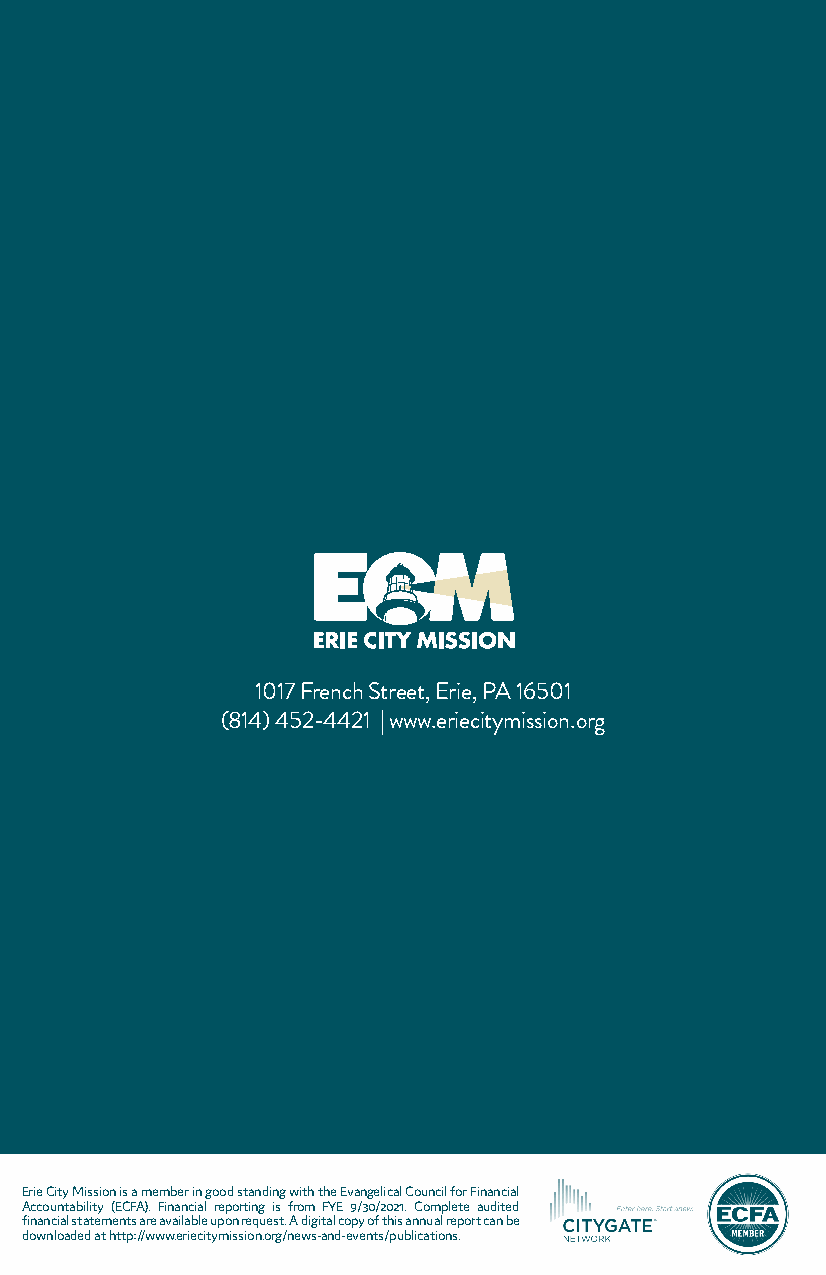
1017 French Street, Erie, PA 16501
 (814) 452-4421 | www.eriecitymission.org
 Erie City Mission is a member in good standing with the Evangelical Council for Financial
 Accountability (ECFA). Financial reporting is from FYE 9/30/2021. Complete audited
 financial statements are available upon request. A digital copy of this annual report can be
 downloaded at http://www.eriecitymission.org/news-and-events/publications.